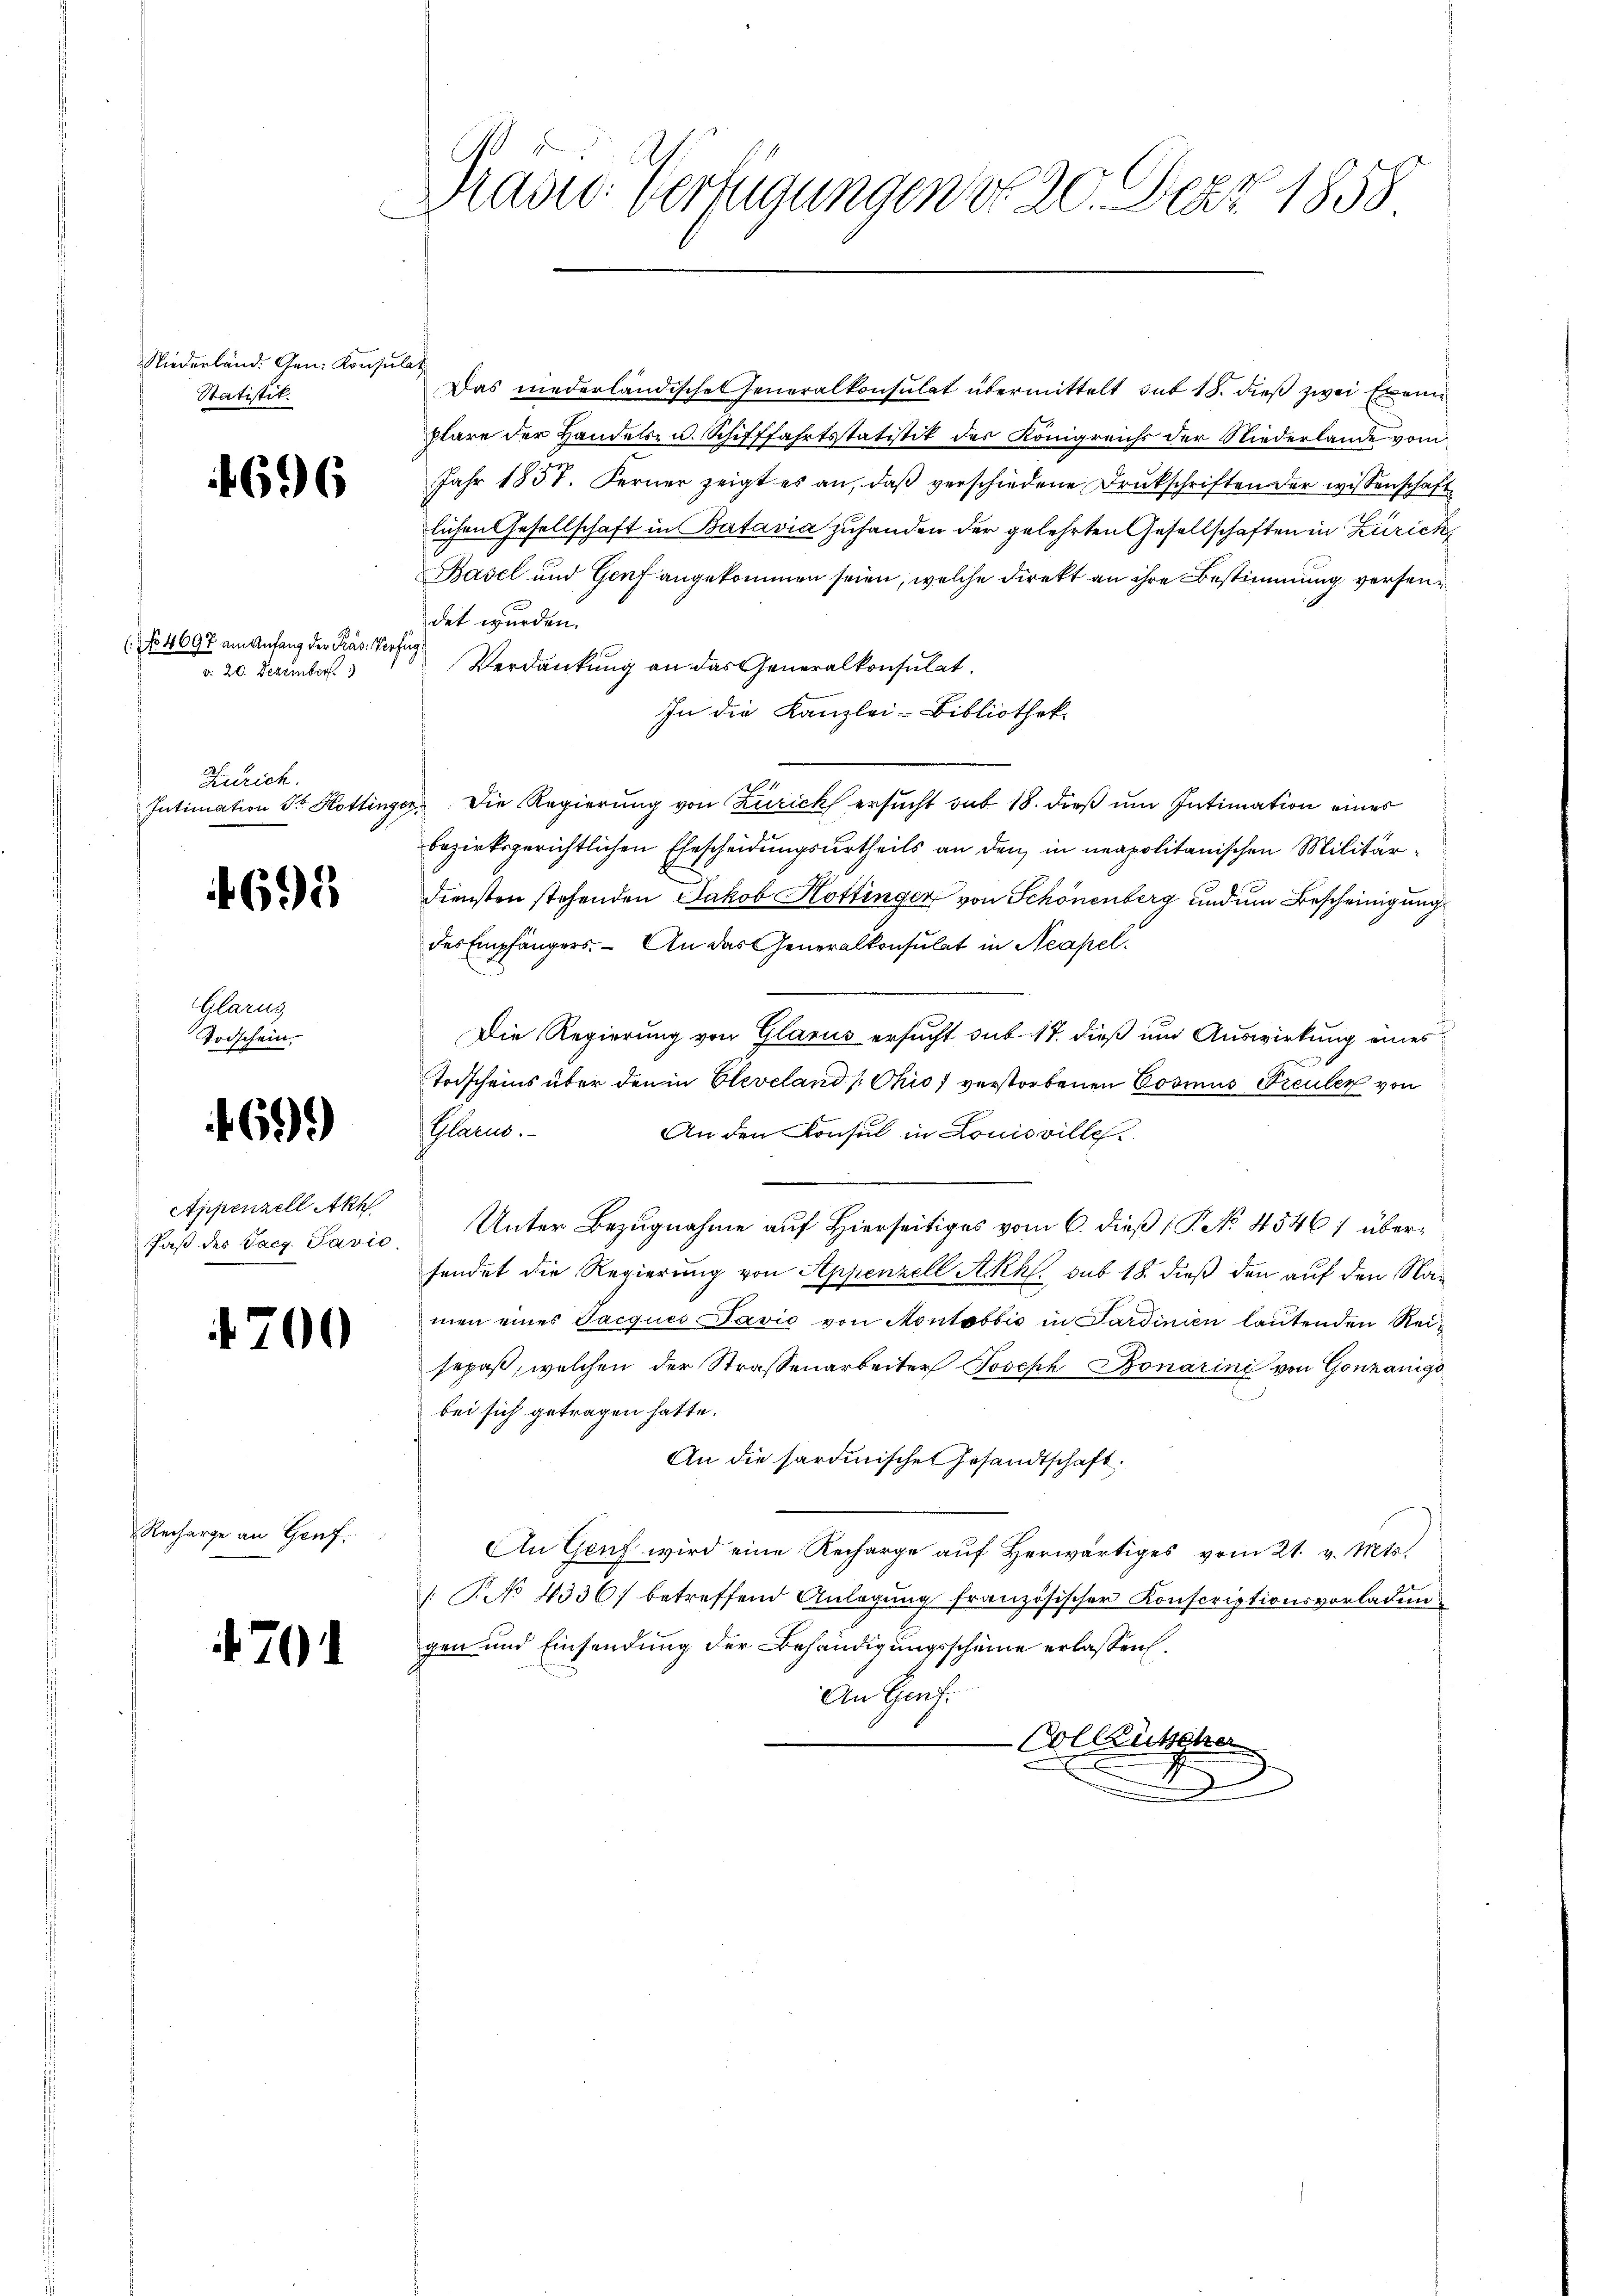
Niederländ. Gen. Konsulat
Statistik.

1696

(No 4697 am Anfang der Präs. Verfüg
o. 20. Dezember 3

Zürich.
Intimation Sr Hottinger,

698

Glarus
Todschein.

69).

Appenzell Akh

4700

Recharge an Genf.

701

Prädie Verfügungen No 20. Dez. 1858

Das niederländisches Generalkonsulat übermittelt mit 18. dieß zwei Exem
plare der Handels- u. Schifffahrtstatistik des Königreichs der Niederlande vom
Jahr 1857. Ferner zeigt es an, daβ verschiedene Drukschriften der wissenschaftlichen Gesellschaft in Batavia zuhanden der gelehrten Gesellschaften in Zürich,
Basel und Genf angekommen seien, welche direkt an ihre Bestimmung versendet wurden.
Verdankung an das Generalkonsulat.
In die Kanzlei-Bibliothek.
Die Regierung von Zurick ersucht sub 18. dieß um Intimation eines
bezirksgerichtlichen Ehescheidungsurtheils an den in neapolitanischen Militär¬
Diensten stehenden Jakob Hottinger von Schönenberg und um Bescheinigung
des Empfängers. - An das Generalkonsulat in Neapel
Die Regierung von Glarus ersucht sub 17 dieß um Auswirkung eines
Todscheins über den in Cleveland [Chio) verstorbenen Cosius Freuler von
Glarus.
An den Konsul in Louisville.
Paß des Jacz Savio, Unter Bezugnahme auf Hierseitiges vom 6. dieß (P. No. 45461 übersendet die Regierung von Appenzell Akhl. sub 18. dieß den auf den Namen eines Jacques Favić von Montosbić in Sardinien lautenden Reisepaß, welchen der Strassenarbeiter Joseph Bonarini von Gonzanige
bei sich getragen hatte.
An die sardinische Gesandtschaft.
An Genf wird eine Recharge aŭf herwärtiges vom 21. v. Mts.)
 P. No 4336) betreffend Anlegung französischer Konscriptionsvorladengen und Einsendung der Behändigungsscheine erlassen.
An Genf.
-Collische
e